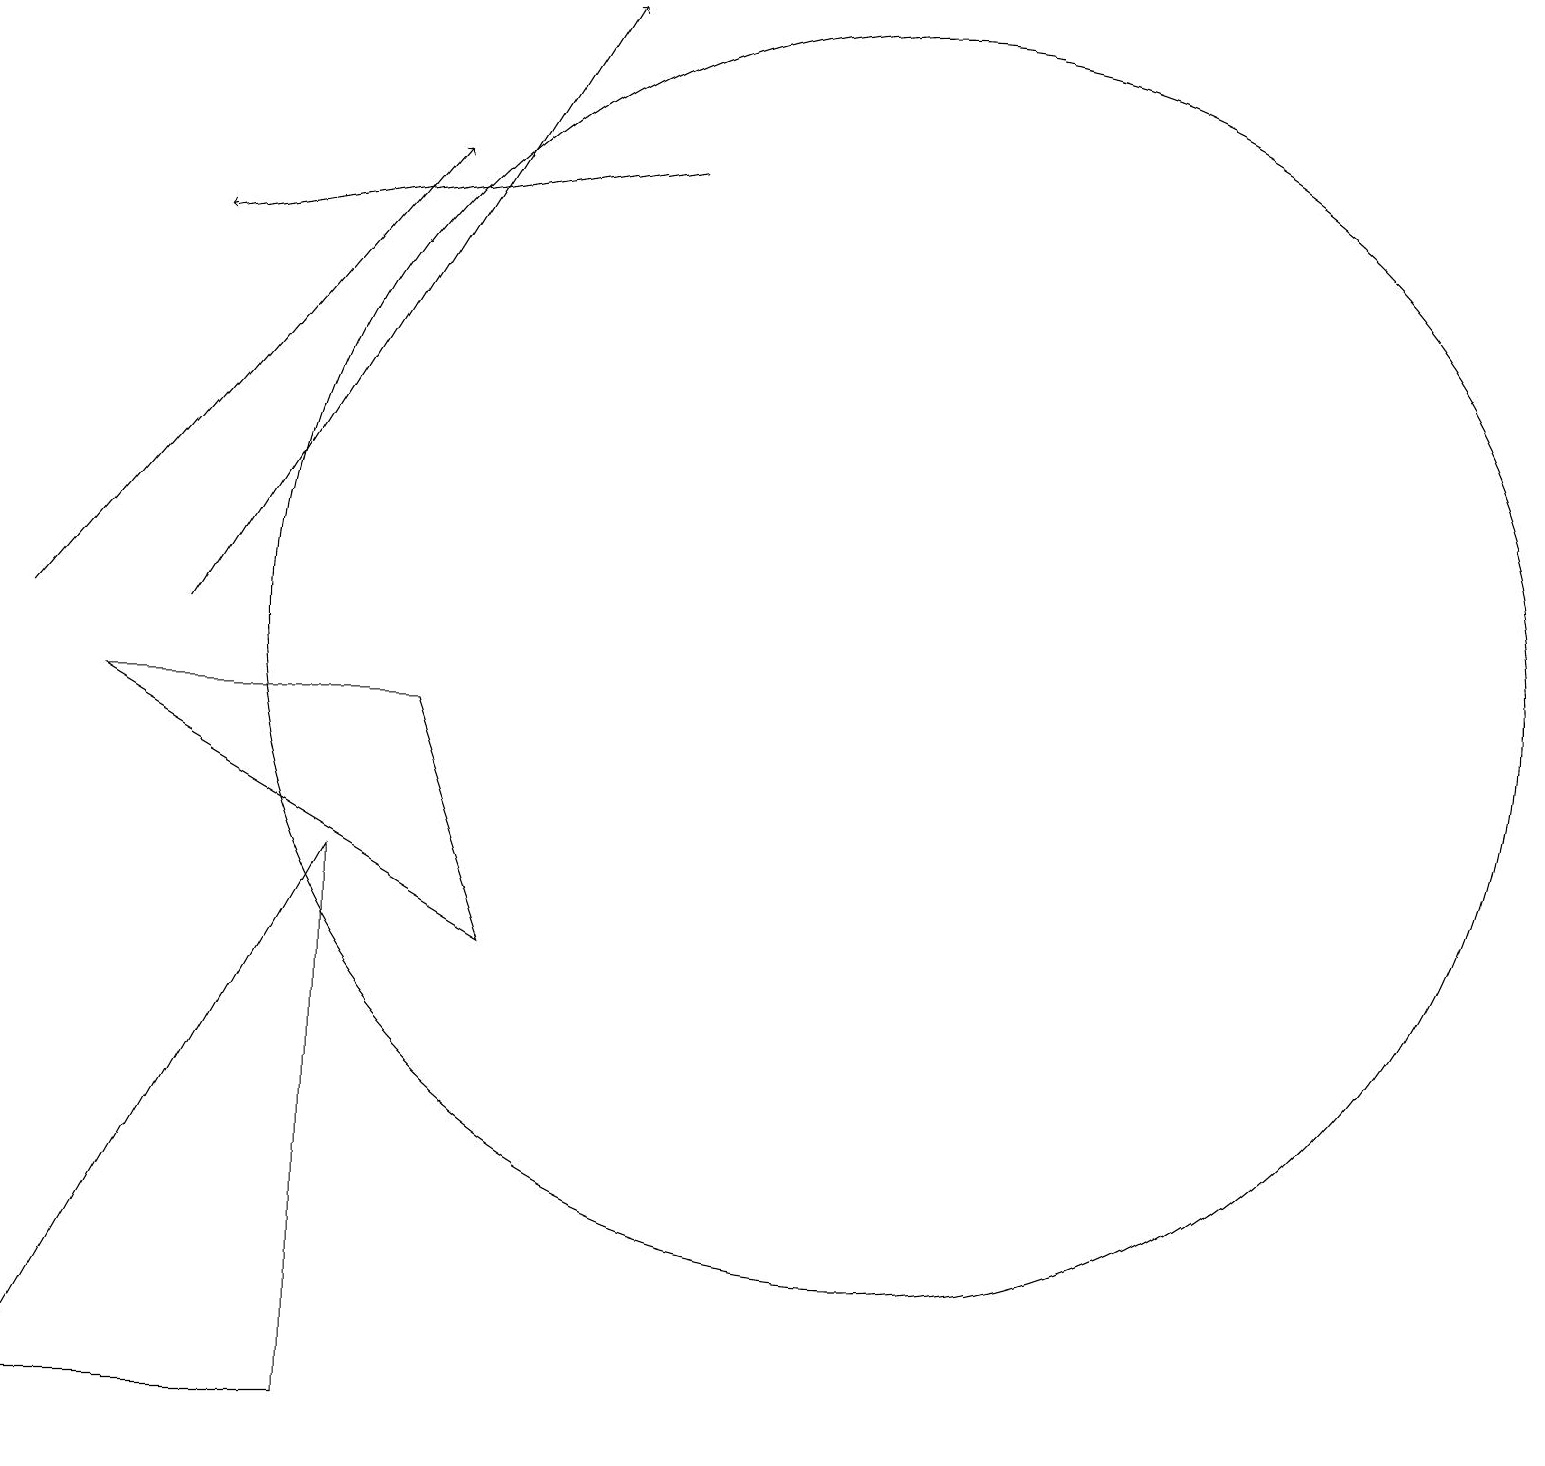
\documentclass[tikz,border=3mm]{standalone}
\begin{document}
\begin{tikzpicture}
\draw[->] (2,10) -- (7,18);
\draw (11,10) circle (8);
\draw[->] (0,10) -- (5,16);
\draw (6,6) -- (1,9) -- (5,9) -- cycle;
\draw[->] (8,16) -- (2,15);
\draw (4,7) -- (4,0) -- (0,0) -- cycle;
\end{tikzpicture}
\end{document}